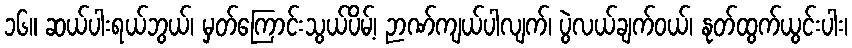
၁၆။ ဆယ်ပါးရယ်ဘွယ်၊ မှတ်ကြောင်းသွယ်ပိမ့်၊ ဉာဏ်ကျယ်ပါလျက်၊ ပွဲလယ်ချက်ဝယ်၊ နုတ်ထွက်ယွင်းပါး၊